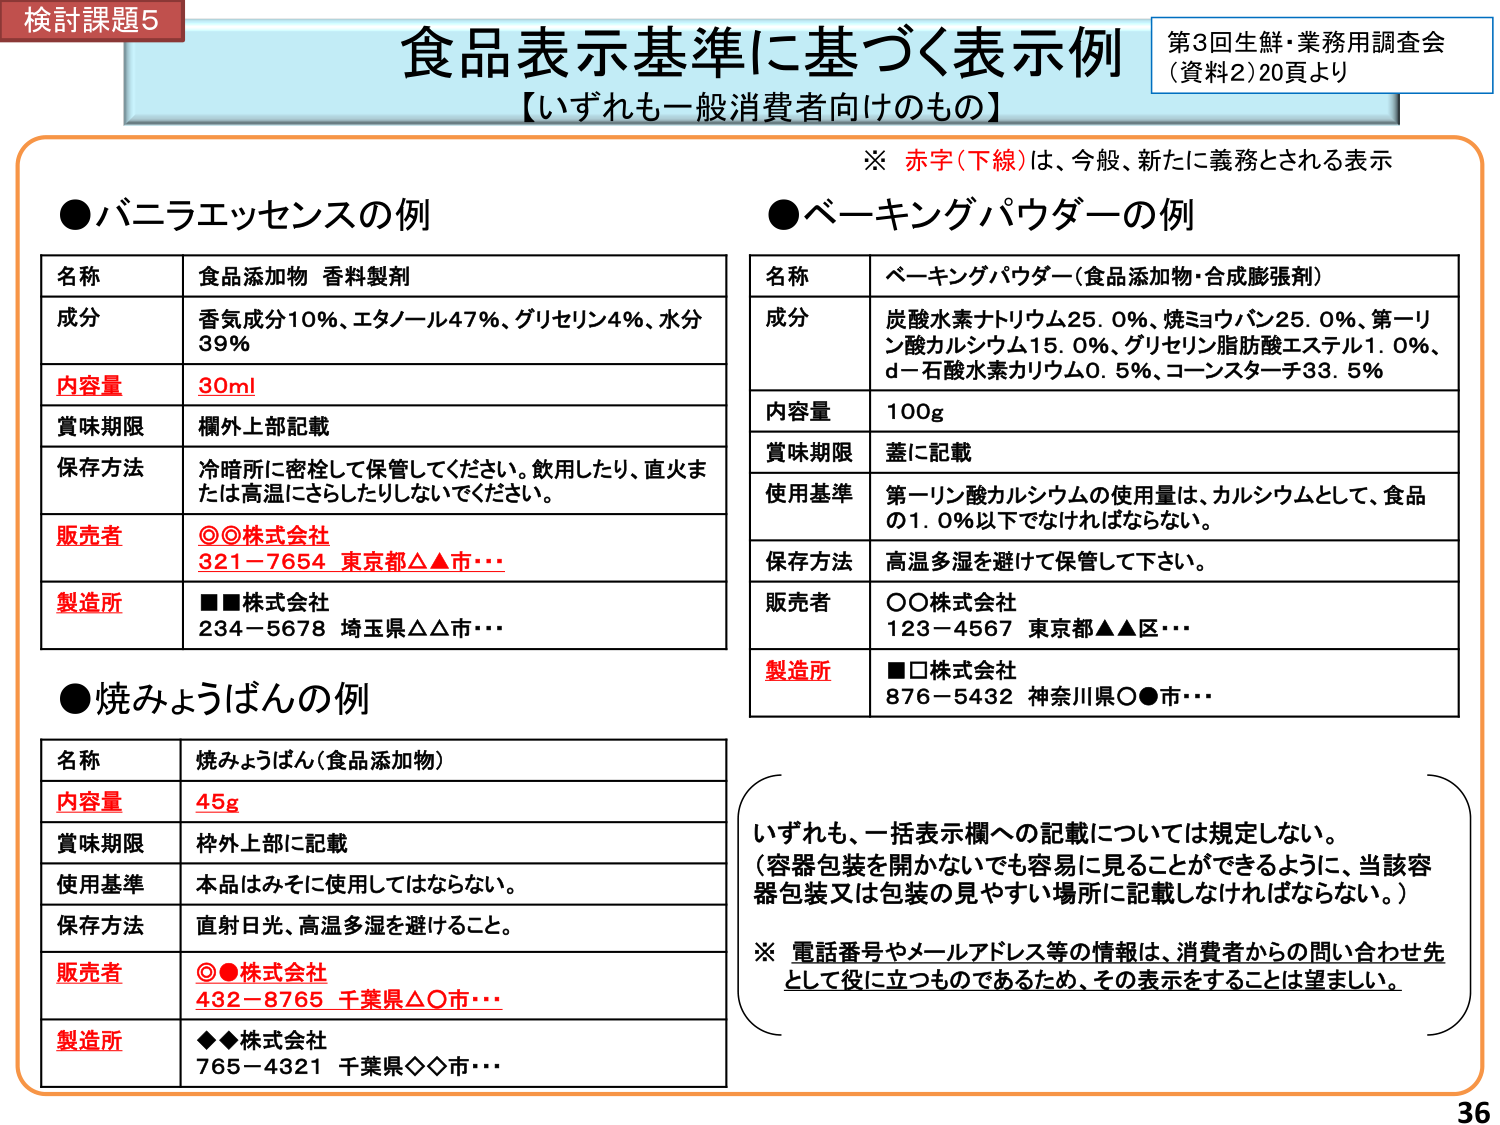
検討課題5
食品表示基準に基づく表示例
【いずれも一般消費者向けのもの】
第3回生鮮・業務用調査会
（資料2）20頁より

※ 赤字（下線）は、今般、新たに義務とされる表示

●バニラエッセンスの例
名称　食品添加物 香料製剤
成分　香気成分10%、エタノール47%、グリセリン4%、水分39%
内容量　30ml
賞味期限　欄外上部記載
保存方法　冷暗所に密栓して保管してください。飲用したり、直火または高温にさらしたりしないでください。
販売者　◎◎株式会社 321－7654 東京都△▲市・・・
製造所　■■株式会社 234－5678 埼玉県△△市・・・

●ベーキングパウダーの例
名称　ベーキングパウダー（食品添加物・合成膨張剤）
成分　炭酸水素ナトリウム25.0%、焼ミョウバン25.0%、第一リン酸カルシウム15.0%、グリセリン脂肪酸エステル1.0%、d－石酸水素カリウム0.5%、コーンスターチ33.5%
内容量　100g
賞味期限　蓋に記載
使用基準　第一リン酸カルシウムの使用量は、カルシウムとして、食品の1.0%以下でなければならない。
保存方法　高温多湿を避けて保管して下さい。
販売者　○○株式会社 123－4567 東京都▲▲区・・・
製造所　■□株式会社 876－5432 神奈川県○●市・・・

●焼みょうばんの例
名称　焼みょうばん（食品添加物）
内容量　45g
賞味期限　枠外上部に記載
使用基準　本品はみそに使用してはならない。
保存方法　直射日光、高温多湿を避けること。
販売者　◎●株式会社 432－8765 千葉県△○市・・・
製造所　◆◆株式会社 765－4321 千葉県◇◇市・・・

いずれも、一括表示欄への記載については規定しない。
（容器包装を開かなくても容易に見ることができるように、当該容器包装又は包装の見やすい場所に記載しなければならない。）
※ 電話番号やメールアドレス等の情報は、消費者からの問い合わせ先として役に立つものであるため、その表示をすることは望ましい。

36